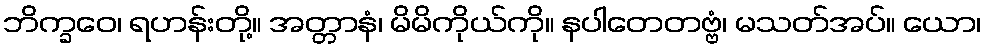
ဘိက္ခဝေ၊ ရဟန်းတို့။ အတ္တာနံ၊ မိမိကိုယ်ကို။ နပါတေတဗ္ဗံ၊ မသတ်အပ်။ ယော၊